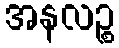
အနလဉ္စ